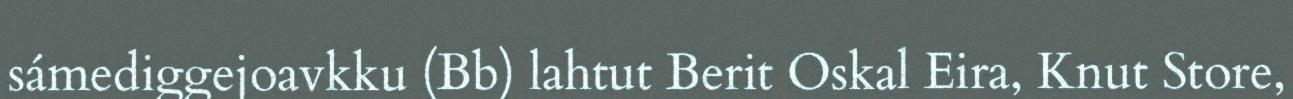
sámediggejoavkku (Bb) lahtut Berit Oskal Eira, Knut Store,